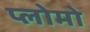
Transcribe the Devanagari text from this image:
प्लोमो